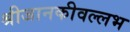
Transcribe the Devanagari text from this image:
श्रीजानकीवल्लभ